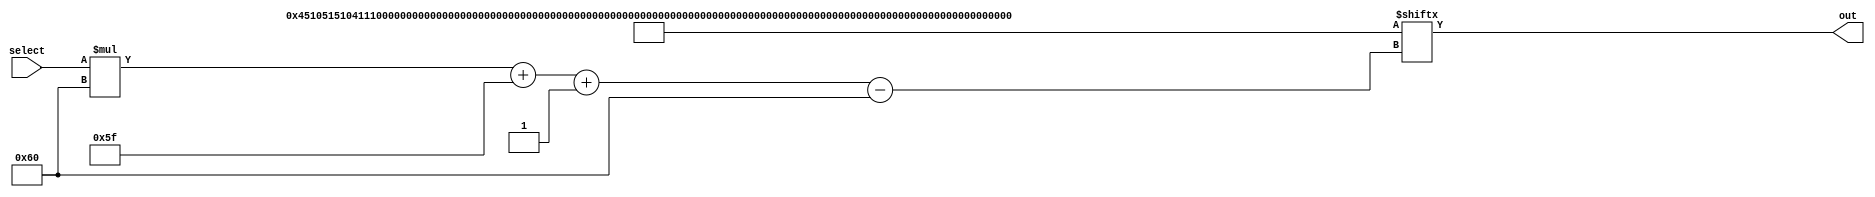
/*
   This file was generated automatically by Alchitry Labs version 1.2.1.
   Do not edit this file directly. Instead edit the original Lucid source.
   This is a temporary file and any changes made to it will be destroyed.
*/

module mapROM_10 (
    input [2:0] select,
    output reg [95:0] out
  );
  
  
  
  localparam MAPS = 480'h045105151041110104540514114105040051141401010454051411151441045505441105051501151544145511511545155511541545044505511515;
  
  always @* begin
    out = MAPS[(select)*96+95-:96];
  end
endmodule